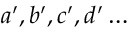
a ^ { \prime } , b ^ { \prime } , c ^ { \prime } , d ^ { \prime } \ldots